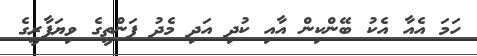
ހަމަ އެއާ އެކު ބޭންކިން އާއި ކުދި އަދި މެދު ފަންތީގެ ވިޔަފާރީގެ